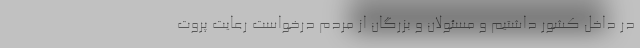
در داخل کشور داشتیم و مسئولان و بزرگان از مردم درخواست رعایت پروت